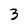
Character: 3